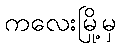
ကလေးမြို့မှ